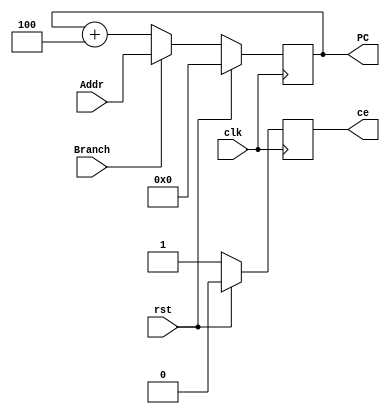
`timescale 1ns / 1ps



module PC(

	input	wire 		clk,
	input	wire		rst,
	input 	wire		Branch,  // if branch or not
	input 	wire[31:0] 	Addr,	 // target address
	output 	reg 	 	ce,
	output	reg [31:0] 	PC

);


always @ (posedge clk) begin
	if (rst)
		ce <= 1'b0;
	else
		ce <= 1'b1;
end


always @ (posedge clk) begin
	if (rst)
		PC <= 32'b0;
	else if (Branch)
		PC <= Addr;
	else
		PC <= PC + 32'd4; // 32bit single cycle  ->  inst length -> 4byte
end

endmodule